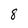
Character: 8